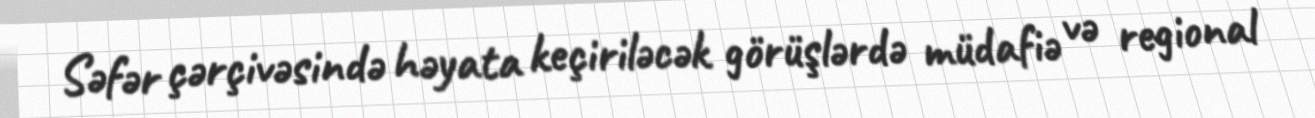
Səfər çərçivəsində həyata keçiriləcək görüşlərdə müdafiə və regional